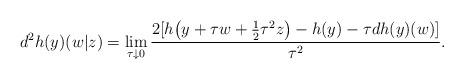
LaTeX: \begin{align*} d^2h(y)(w|z)=\lim_{\tau\downarrow 0}\frac{2[h\big(y+\tau w+\frac{1}{2}\tau^2 z\big)-h(y)-\tau dh(y)(w)]}{\tau^2}. \end{align*}